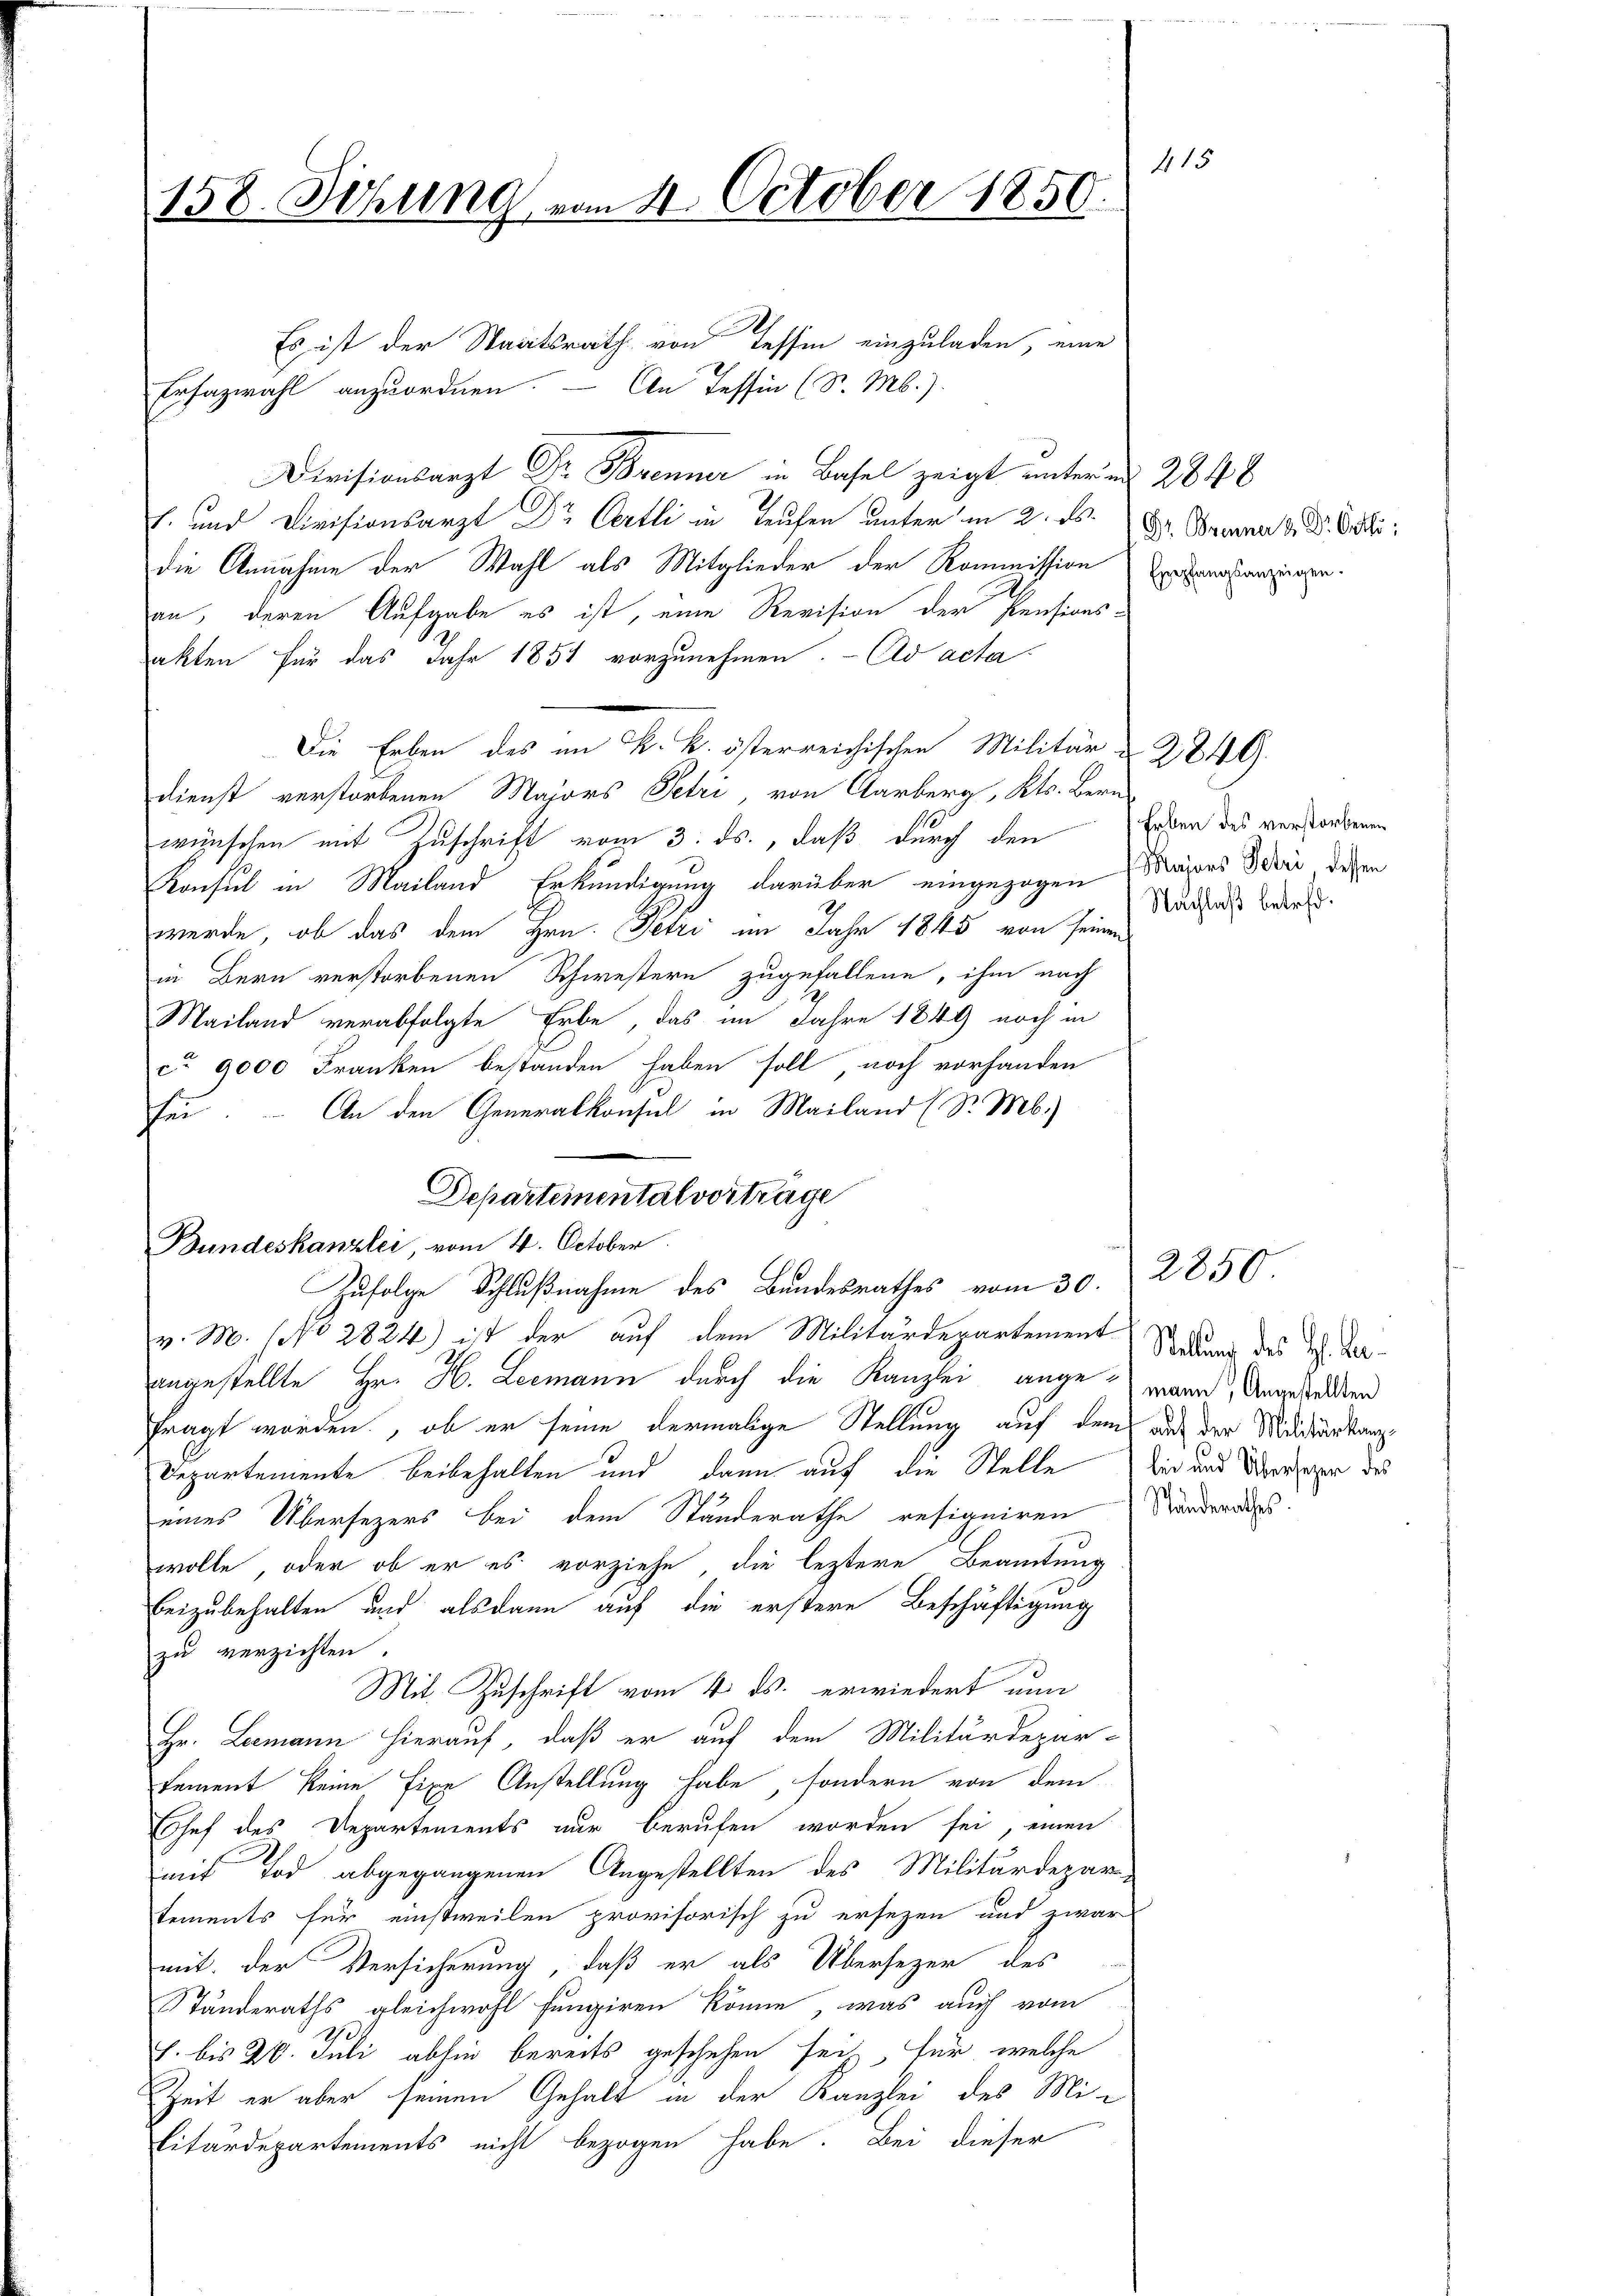
158. Sitzung vom 4. October 1850.

Departemental vorträge
Zufolge Schlußnahme des Bundesrathes vom 30.

Es ist der Staatsrath von Tessin einzuladen, eine
Ersazwahl anzuordnen. — An Tessin (S. M.).
Divisionsarzt Dr Brenner in Basel zeigt unter ad 284 8
E. und Divisionsarzt Dr Oertli in Teufen unter in 2. ds.
die Annahme der Wahl als Mitglieder der Kommission
an, deren Aufgabe es ist, eine Revision der Pensions-
akten für das Jahr 1857 vorzunehmen. - Ad acta
Die Erben des im K. k. österreichischen Militär § 2849.
Dienst verstorbenen Majors Petri, von Aarberg, Kts. Bern
wünschen mit Zuschrift vom 3. ds., daß durch den
Konsul in Mailand Erkundigung darüber eingezogen Majors Buri diesen
werde, ob das dem Hrn. Petri im Jahr 1845 von seinen
in Bern verstorbenen Schwestern zugefallene, ihm nach
Mailand verabfolgte Erbe, das im Jahre 1849 noch in
ca 9000 Franken bestanden haben soll noch vorhanden
sei. – An den Generalkonsul in Mailand (Sr. Mb.)
Bundeskanzlei, vom 4. October
v. M. (No 2824) ist der auf dem Militärdepartement Stand des H. Darangestellte Hr. H. Leemann durch die Kanzlei angewann, Angestellten
fragt worden, ob er seine dermalige Stellung auf dem auf der Midistarkanz¬
Departemente beibehalten und dann auf die Stelle die und Überziger des
eines Übersezers bei dem Standerathe resigniren
wolle, oder ob er es vorziehe, die leztere Beamtung
beizubehalten und alsdann auf die erstere Beschäftigung
zu verzichten.
Mit Zuschrift vom 4. ds. erwiedert nun
Hr. Leemann hierauf, daß er auf dem Militärdepar-
tement keine fixe Anstellung habe, sondern von dem
Chef des Departements nur berufen worden sei, einen
mit Tod abgegangenen Angestellten des Militärdepar-
tements für einstweilen provisorisch zu ersezen und zwar
mit der Versicherung, daß er als Übersezer des
Ständeraths gleichwohl fungiren könne, was auch vom
1. bis 20. Juli abhin bereits geschehen seih, für welche
Zeit er aber seinen Gehalt in der Kanzlei des Militardepartements nicht bezogen habe. Bei dieser

415

Dr. Brenner & Dr. Otti
Empfangsanzeigen.

Erben des verstorbenen
Nachlaß betref¬

Ständerathes.

2850

.